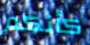
كأنكم